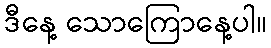
ဒီနေ့ သောကြောနေ့ပါ။